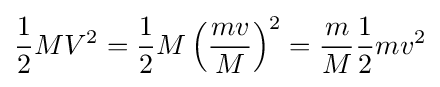
{\frac {1}{2}}MV^{2}={\frac {1}{2}}M\left({\frac {mv}{M}}\right)^{2}={\frac {m}{M}}{\frac {1}{2}}mv^{2}